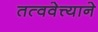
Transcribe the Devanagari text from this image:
तत्ववेत्त्याने